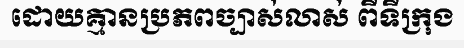
ដោយគ្មានប្រភពច្បាស់លាស់ ពីទីក្រុង